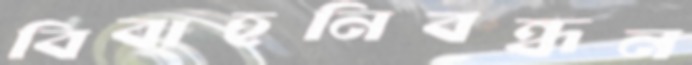
বিবাহনিবন্ধন